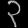
Digit: ၃